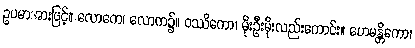
ဥပမာအားဖြင့်။ လောကေ၊ လောက၌။ ဝဿိကော၊ မိုးဦးမိုးလည်းကောင်း။ ဟေမန္တိကော၊